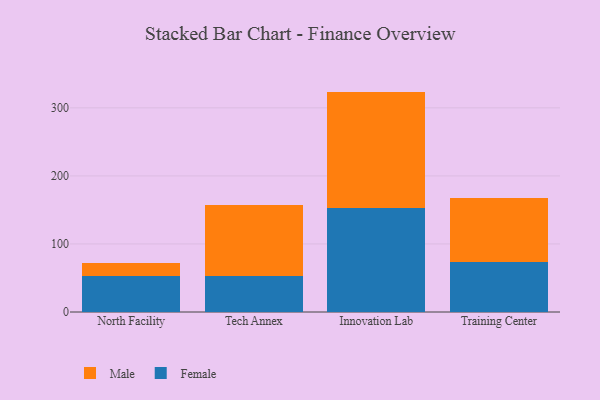
{"axis": {"x": "Campus", "y": "Shipments"}, "legend": ["Female", "Male"], "data": [{"x": "North Facility", "y": 52.5, "type": "Female"}, {"x": "North Facility", "y": 19.2, "type": "Male"}, {"x": "Tech Annex", "y": 52.7, "type": "Female"}, {"x": "Tech Annex", "y": 105.2, "type": "Male"}, {"x": "Innovation Lab", "y": 152.5, "type": "Female"}, {"x": "Innovation Lab", "y": 171.4, "type": "Male"}, {"x": "Training Center", "y": 73.1, "type": "Female"}, {"x": "Training Center", "y": 94.4, "type": "Male"}]}